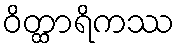
ဝိတ္ထာရိကဿ